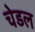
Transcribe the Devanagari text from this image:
चेडल